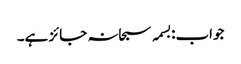
جواب:بسمہ سبحانہ جائز ہے۔